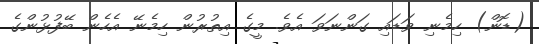
(ޑޮން) ހިމެނި ވަޑައި ގަންނަވަ އެވެ. މީގެ އިތުރުން ހިމެނޭ އެހެން ބޭފުޅުންގެ